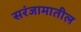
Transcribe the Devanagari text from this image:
सरंजामातील